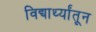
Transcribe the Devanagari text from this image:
विद्यार्थ्यांतून